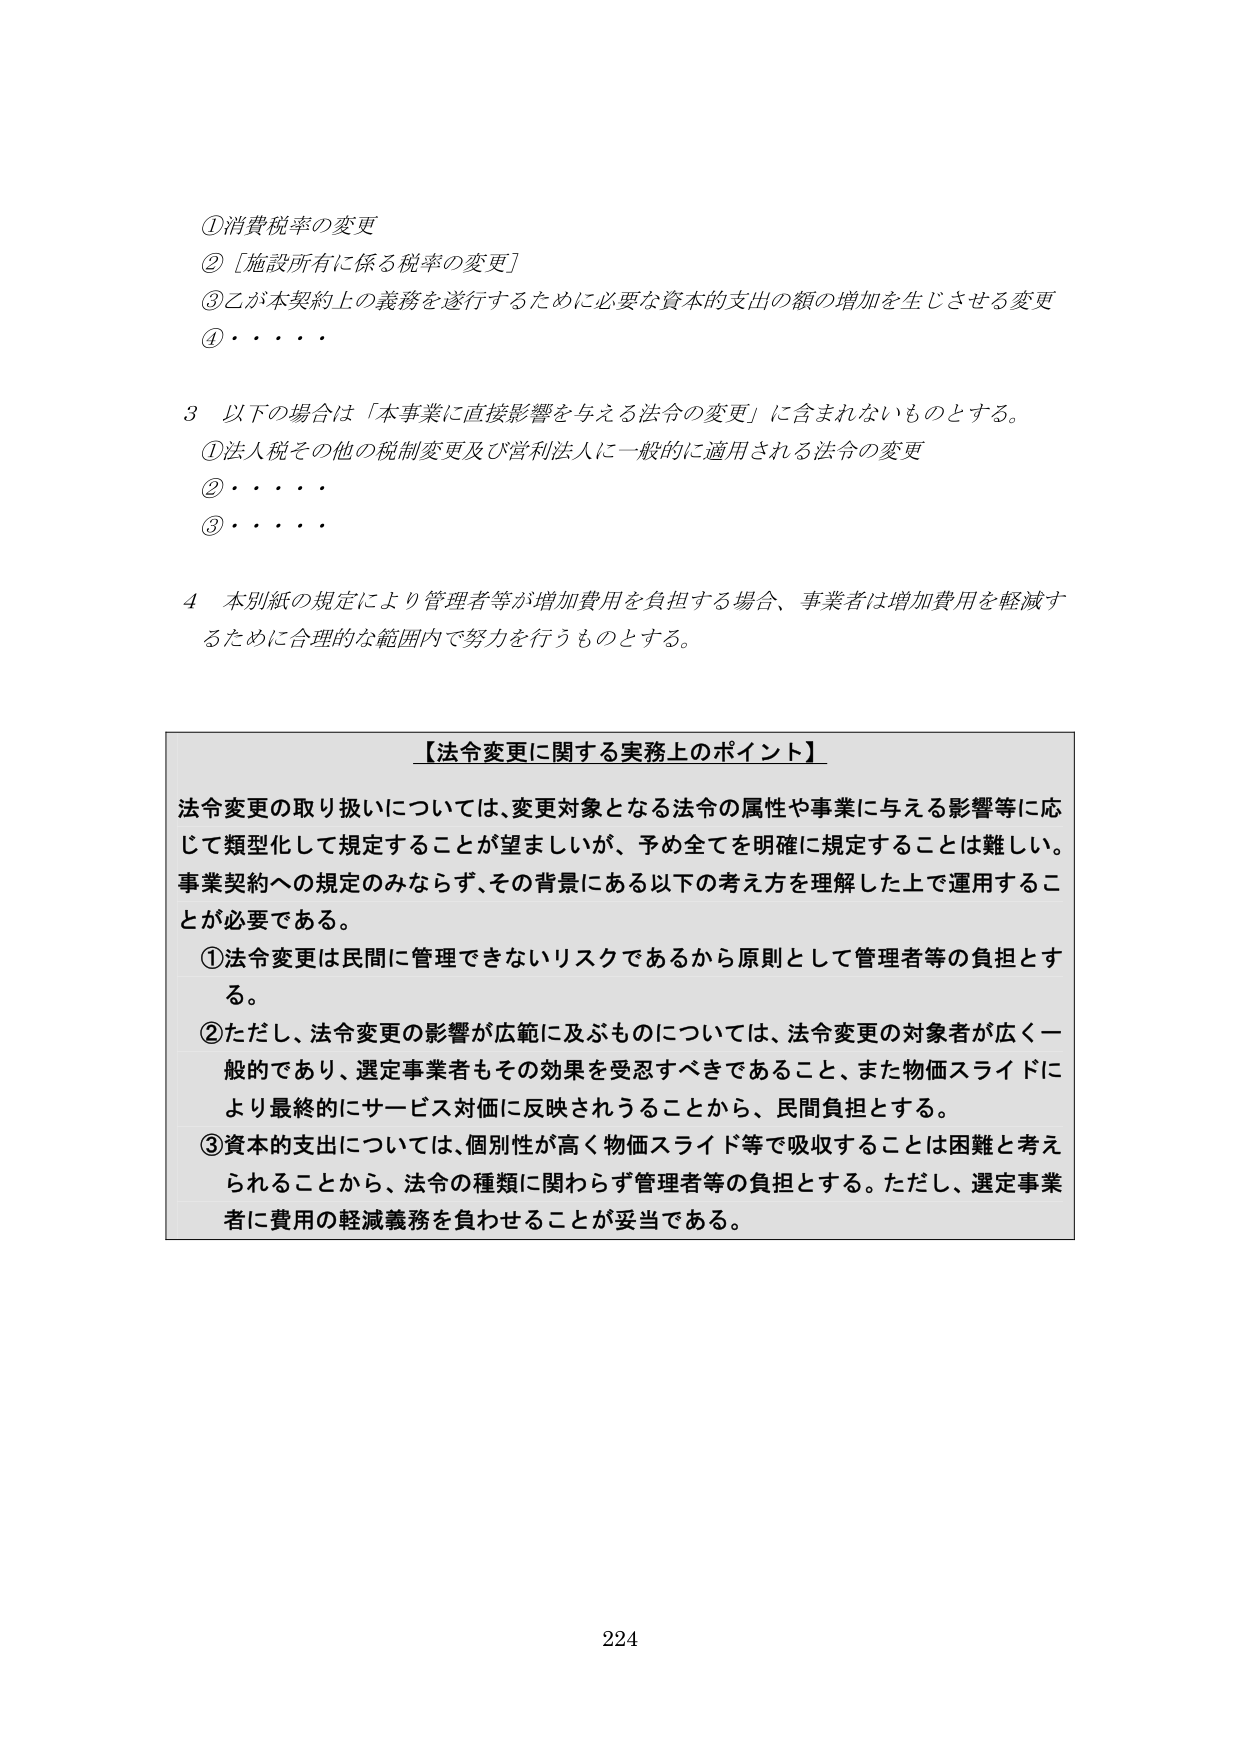
①消費税率の変更
②［施設所有に係る税率の変更］
③乙が本契約上の義務を遂行するために必要な資本的支出の額の増加を生じさせる変更
④・・・・

3 以下の場合は「本事業に直接影響を与える法令の変更」に含まれないものとする。
①法人税その他の税制変更及び営利法人に一般的に適用される法令の変更
②・・・・
③・・・・

4 本別紙の規定により管理者等が増加費用を負担する場合、事業者は増加費用を軽減するために合理的な範囲内で努力を行うものとする。

【法令変更に関する実務上のポイント】
法令変更の取り扱いについては、変更対象となる法令の属性や事業に与える影響等に応じて類型化して規定することが望ましいが、予め全てを明確に規定することは難しい。事業契約への規定のみならず、その背景にある以下の考え方を理解した上で運用することが必要である。
①法令変更は民間に管理できないリスクであるから原則として管理者等の負担とする。
②ただし、法令変更の影響が広範に及ぶものについては、法令変更の対象者が広く一般的であり、選定事業者もその効果を受忍すべきであること、また物価スライドにより最終的にサービス対価に反映されうることから、民間負担とする。
③資本的支出については、個別性が高く物価スライド等で吸収することは困難と考えられることから、法令の種類に関わらず管理者等の負担とする。ただし、選定事業者に費用の軽減義務を負わせることが妥当である。

224